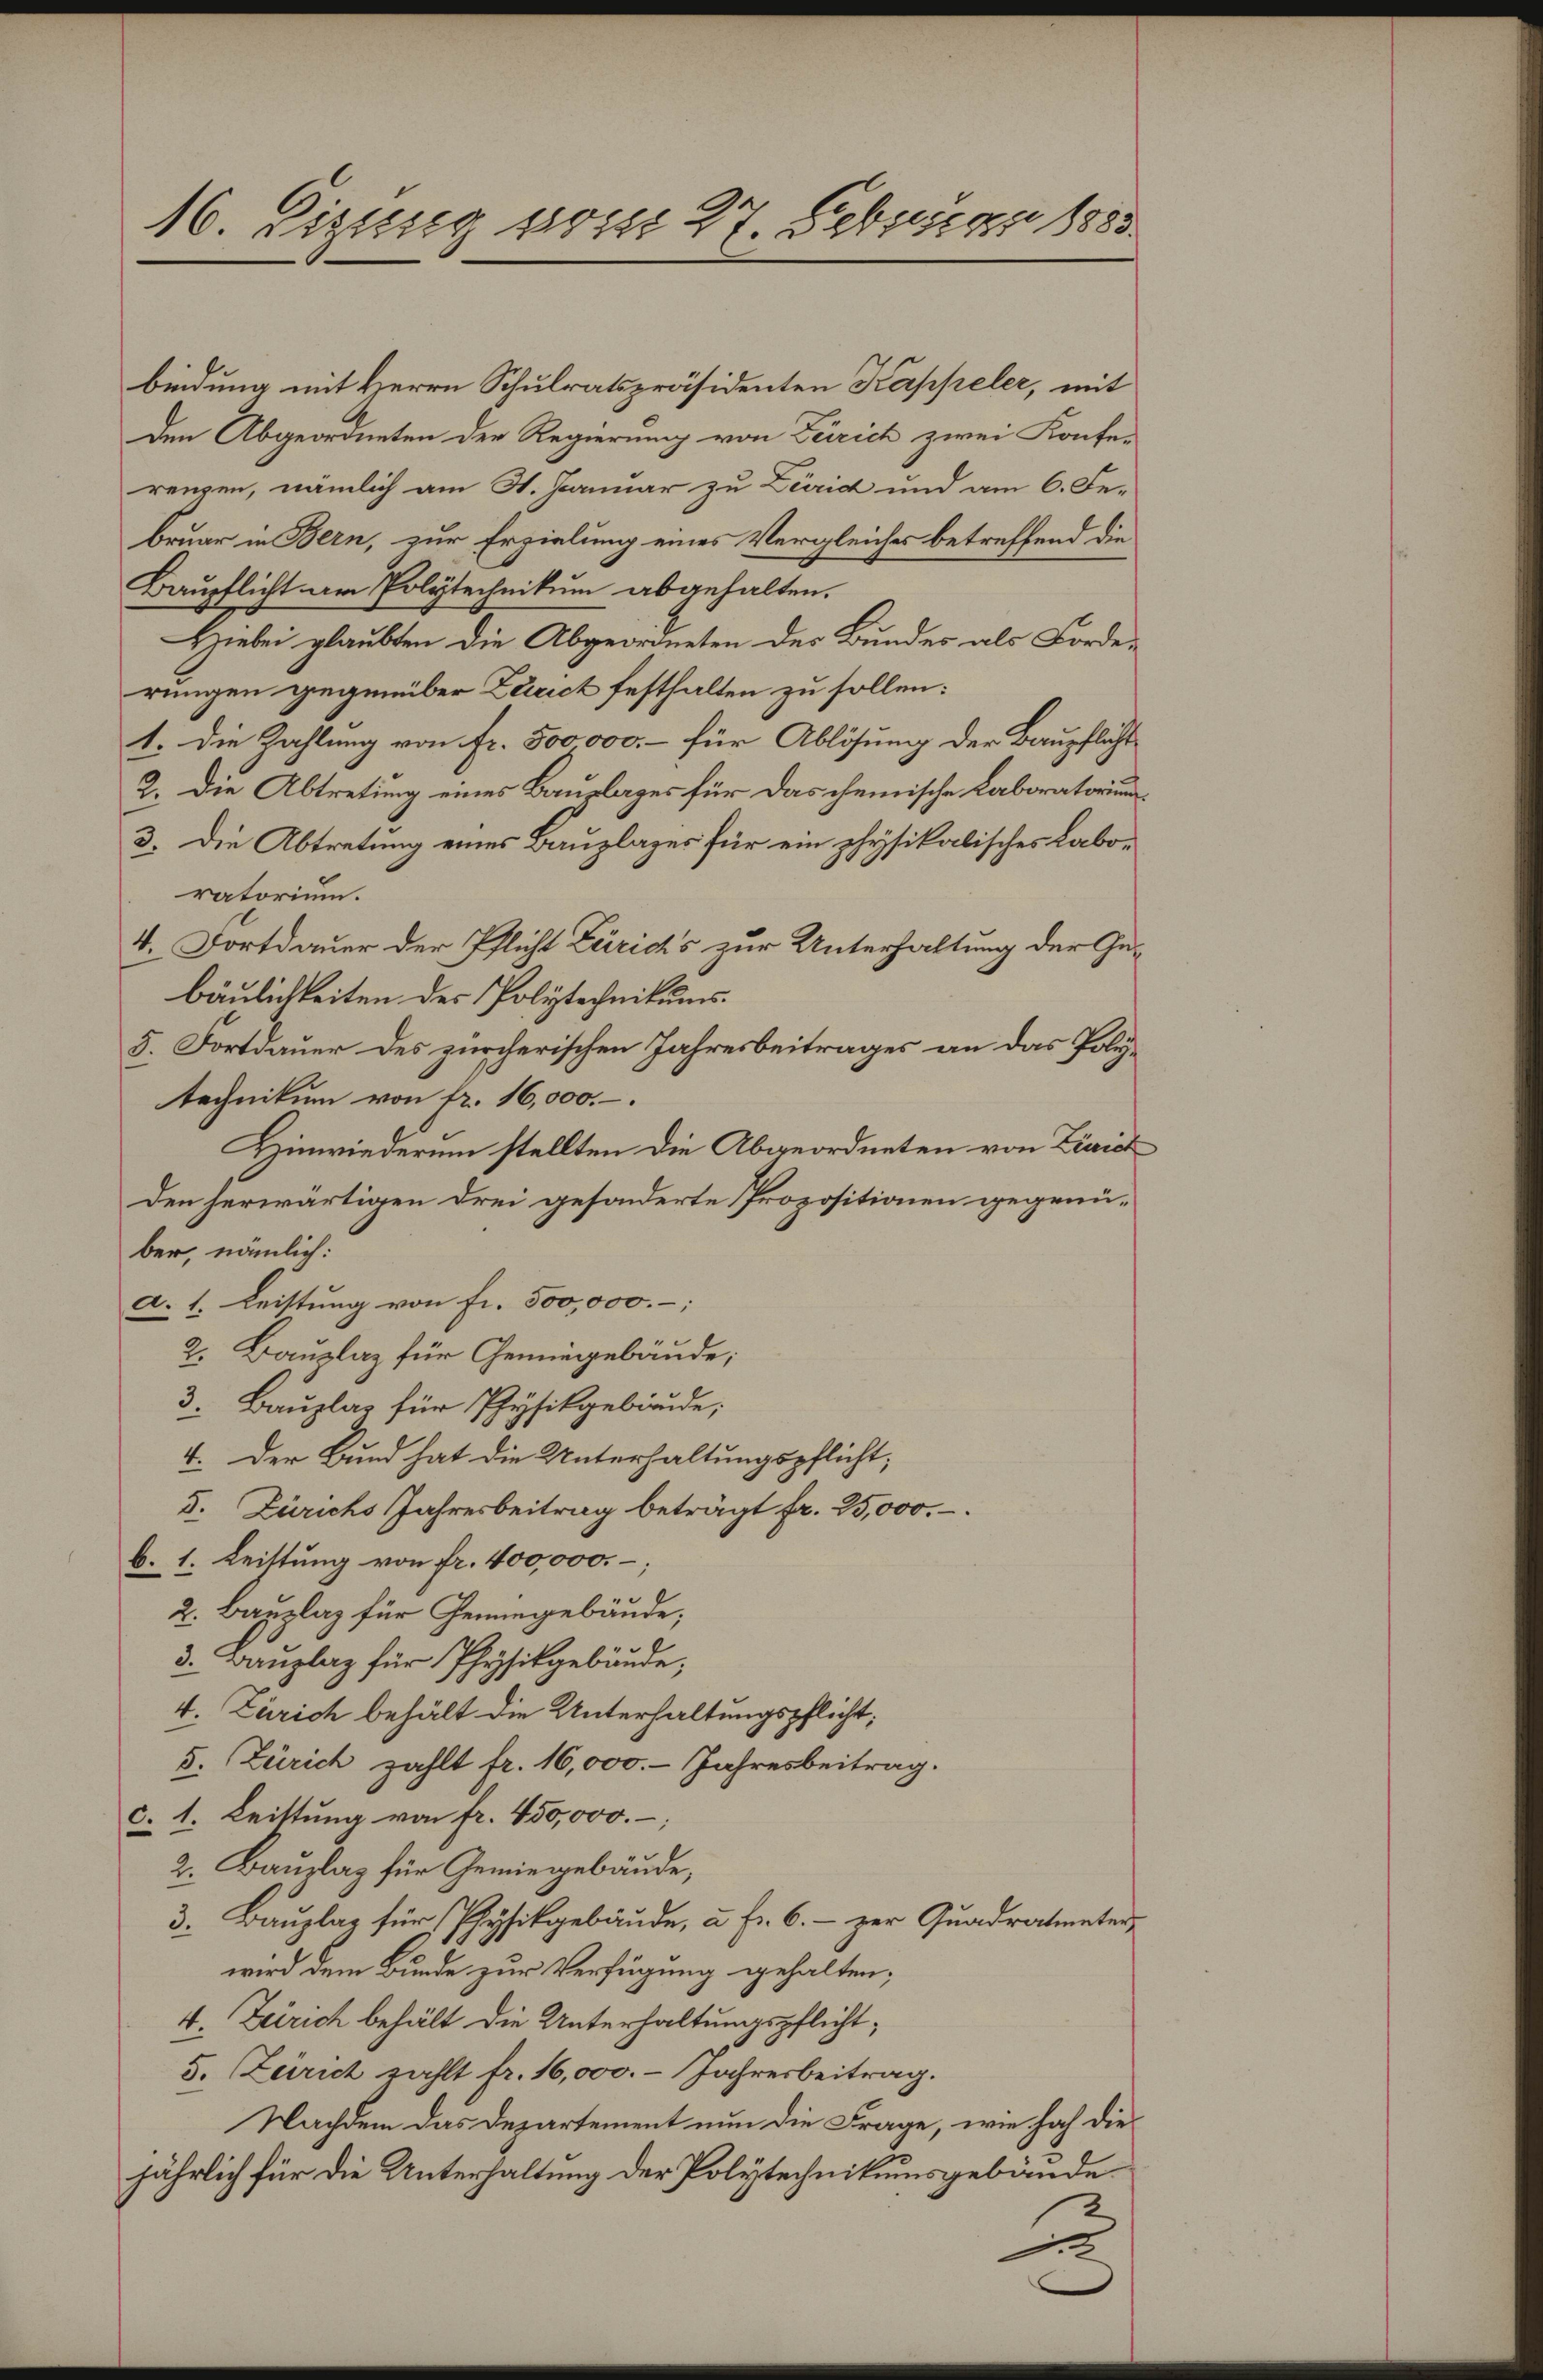
16 Tigung vom 27. Febuar 1883.

bindung mit Herrn Schulratspräsidenten Kappeler, mit
den Abgeordneten der Regierung von Zürich zwei Konfe-
renzen, nämlich am H. Januar zu Zeirid und am 6. Fe-
bruar in Bern, zur Erzielung eines Vergleiches betreffend die
Baupflicht am Polytechnikum abgehalten.
Hiebei glaubten die Abgeordneten des Bundes als Forderungen gegenüber Zürich festhalten zu sollen:
1. Die Zahlung von fr. 500000.- für Ablösung der Baupflicht
2. Die Abtretung eines Bauplages für das chemische Laboratorium
3. Die Abtretung eines Bauzlages für ein physikalisches Laboratorium.
4. Fortdauer der Pflicht Zürich's zur Unterhaltung der Gebäulichkeiten des Polytechnikums
5. Fortdauer des zürcherischen Jahresbeitrages an das Politechnikum von fr. 16,000.–.
Hinwiederum stellten die Abgeordneten von Zürich
den herwärtigen drei gesonderte Propositionen gegenüber, nämlich:
a. 1. Leistung von Fr. 500,000.-
2. Bauplaz für Gemiegebäude;
3. Bauplar für Physikgebäude;
4. Der Bund hat die Unterhaltungspflicht,
5. Zürichs Jahresbeitrag beträgt fr. 25,000.
b. 1. Leittung von fr. 400,000.
2. Bauplaz für Geningebäude,
3. Banzlag für Physikgebäude;
4. Zürich behält die Unterhaltungspflicht,
5. Zürich zahlt fr. 16,000.- Jahresbeitrag.
c. 1. Leistung von fr. 450,000.
2. Bauslag für Gemiegebäude,
3. Bauplaz für Physikgebäude, u. Fr. 6. zur Quadratunter-
wird dem Bunde zur Verfügung gehalten;
4. Zürich behält die Unterhaltungspflicht¬
5. Zürich zahlt fr. 16,000.- Jahresbeitrag.
Nachdem das Departement nun die Frage, wie hoch diejährlich für die Unterhaltung der Polytechnikumsgebäude-
1